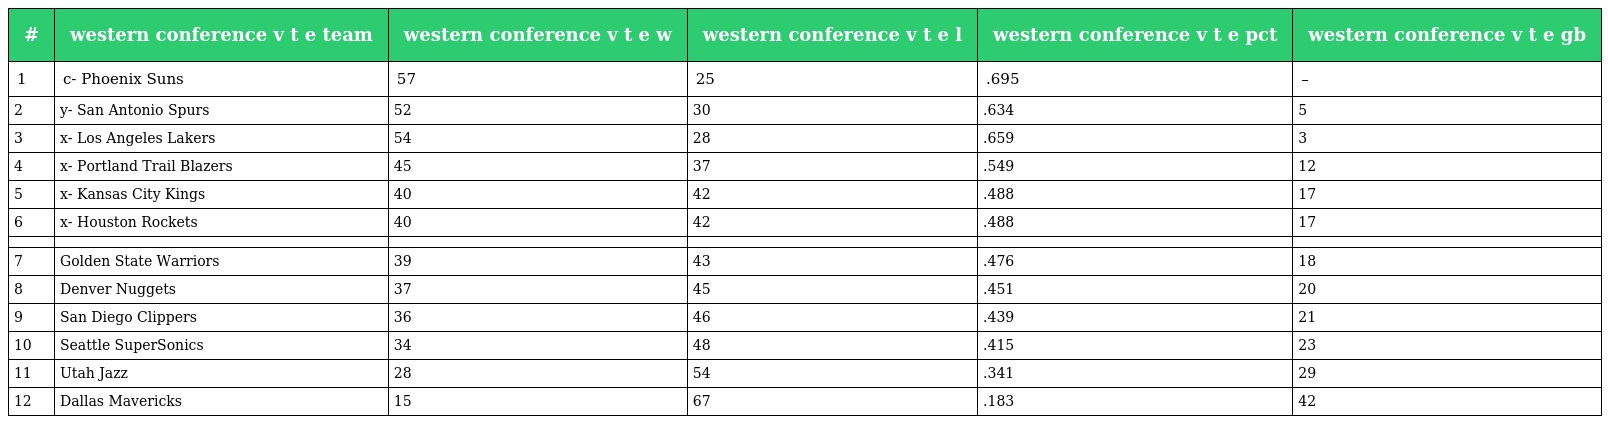
| # | western conference v t e team | western conference v t e w | western conference v t e l | western conference v t e pct | western conference v t e gb |
 | --- | --- | --- | --- | --- | --- |
 | 1 | c- Phoenix Suns | 57 | 25 | .695 | – |
 | 2 | y- San Antonio Spurs | 52 | 30 | .634 | 5 |
 | 3 | x- Los Angeles Lakers | 54 | 28 | .659 | 3 |
 | 4 | x- Portland Trail Blazers | 45 | 37 | .549 | 12 |
 | 5 | x- Kansas City Kings | 40 | 42 | .488 | 17 |
 | 6 | x- Houston Rockets | 40 | 42 | .488 | 17 |
 |  |  |  |  |  |  |
 | 7 | Golden State Warriors | 39 | 43 | .476 | 18 |
 | 8 | Denver Nuggets | 37 | 45 | .451 | 20 |
 | 9 | San Diego Clippers | 36 | 46 | .439 | 21 |
 | 10 | Seattle SuperSonics | 34 | 48 | .415 | 23 |
 | 11 | Utah Jazz | 28 | 54 | .341 | 29 |
 | 12 | Dallas Mavericks | 15 | 67 | .183 | 42 |